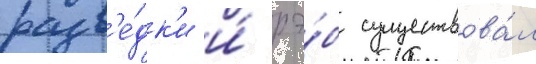
разв'е́дк'и и́ рэ́б существова́л